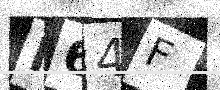
Text: I64F